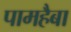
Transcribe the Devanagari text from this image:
पामहैबा